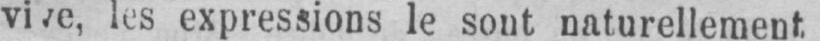
les expressions le sont naturellement